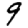
Digit: 9